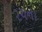
રચના